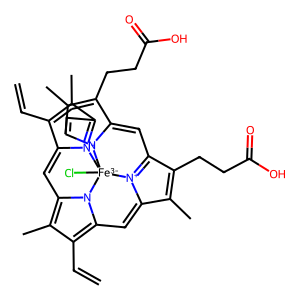
SMILES: C=CC1=C(C)C2=[N+]3C1=Cc1c(C)c(C=C)c4n1[Fe-3]31(Cl)n3c(c(C)c(CCC(=O)O)c3=CC3=[N+]1C(=C4)C(C)=C3CCC(=O)O)=C2
Inhibits HIV replication: No